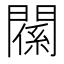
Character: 𨵺